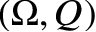
( \Omega , Q )